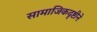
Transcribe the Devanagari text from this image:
सामाजिकदृष्टीने